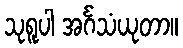
သုရူပါ အင်္ဂသံယုတာ။